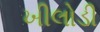
ખીલોડી